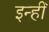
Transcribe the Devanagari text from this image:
इन्हीँ